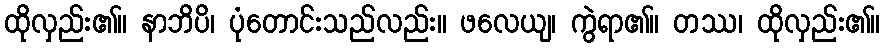
ထိုလှည်း၏။ နာဘိပိ၊ ပုံတောင်းသည်လည်း။ ဖလေယျ၊ ကွဲရာ၏။ တဿ၊ ထိုလှည်း၏။